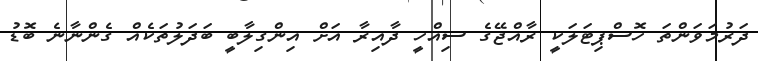
ދަރުމަވަންތަ ހޮސްޕިޓަލަކީ ރާއްޖޭގެ ސިއްހީ ދާއިރާ އަށް އިންގިލާބީ ބަދަލުތަކެއް ގެންނާނެ ބޮޑު